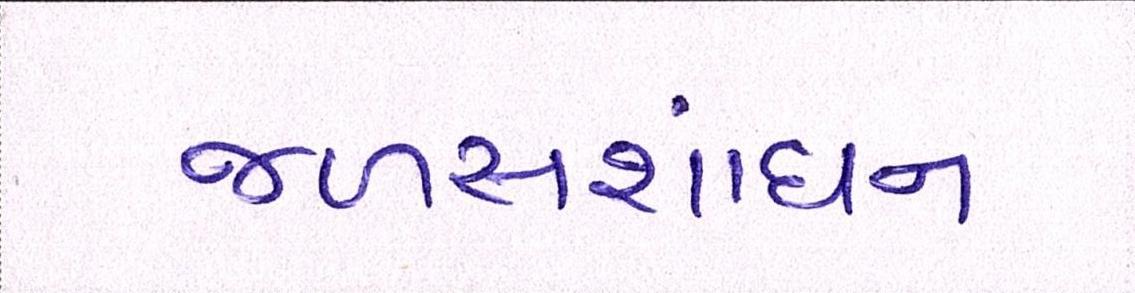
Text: જળસંશાધન